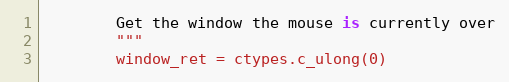
Language: Python
        Get the window the mouse is currently over
        """
        window_ret = ctypes.c_ulong(0)